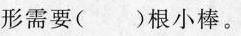
形需要()根小棒。